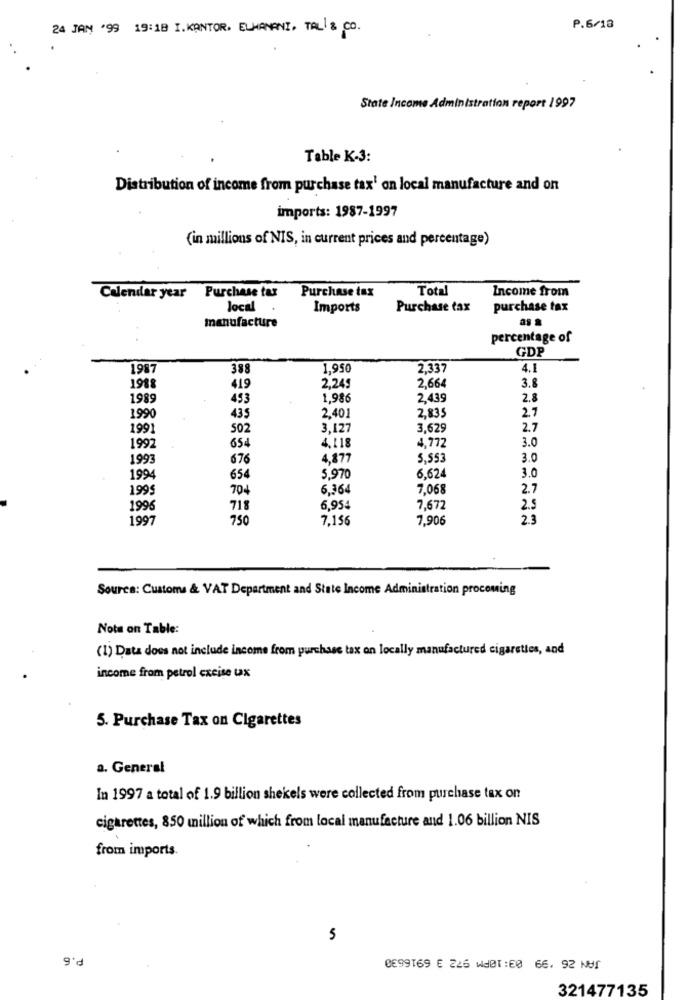
24 JAN '99 19:1B I. KANTOR. ELHANANI, TAL & CO.
P.6/18
State Income Administration report 1997
Table K-3:
Distribution of income from purchase tax' on local manufacture and on
imports: 1987-1997
(in millions of NIS, in current prices and percentage)
Purchase tax
Total
Income from
Celerular year Purchase tus
local
Imports
Purchase tax
purchase tax
manufacture
percentage of
GDP
1987
388
1.950
2,337
4.1
3.8
1988
419
2,249
2,664
1989
453
1,986
2.439
2.8
2.7
1990
435
2,401
2,835
1991
502
3,127
3,629
2.7
3.0
1992
654
4.118
4,772
1993
676
4,877
5.553
3.0
3.0
1994
654
5,970
6.62
1995
704
6.364
7,068
2.7
1996
718
6,954
7,672
2.5
1997
750
7,156
7,906
2.3
Source: Customs & VAT Department and State Income Administration procoming
Note on Table:
(1) Data does not include income from purchase tax on locally manufactured cigarettes, and
income from petrol cxeise ux
5. Purchase Tax on Cigarettes
a. General
In 1997 a total of 1.9 billion shekels were collected from purchase tax on
cigarettes, 850 million of which from local manufacture and 1.06 billion NIS
from imports.
5
P.6
0099169 € 226 WHAT:60 66. 92 NUS
321477135